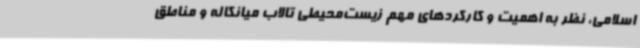
اسلامی، نظر به اهمیت و کارکردهای مهم زیست‌محیطی تالاب میانکاله و مناطق